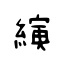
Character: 縯